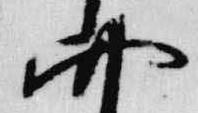
四